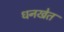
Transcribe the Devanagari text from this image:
धनखेत